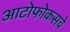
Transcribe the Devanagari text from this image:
आटोफोकसचे